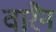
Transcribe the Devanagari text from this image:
वारैन